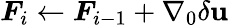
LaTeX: \boldsymbol{F}_{i}\gets\boldsymbol{F}_{i-1}+\nabla_{0}\delta\mathbf{u}